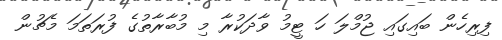
ފިރިހެން ބައިގައި ޖުމްލަ ހަ ޓީމު ވާދަކުރާ މި މުބާރާތުގެ ފުރަތަމަ މެޗުން